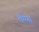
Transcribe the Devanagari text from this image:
लैम्प्स